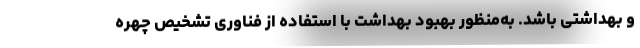
و بهداشتی باشد. به‌منظور بهبود بهداشت با استفاده از فناوری تشخیص چهره